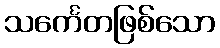
သင်္ကေတဖြစ်သော